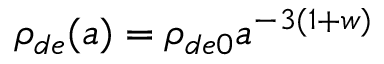
\rho _ { d e } ( a ) = \rho _ { d e 0 } a ^ { - 3 ( 1 + w ) }